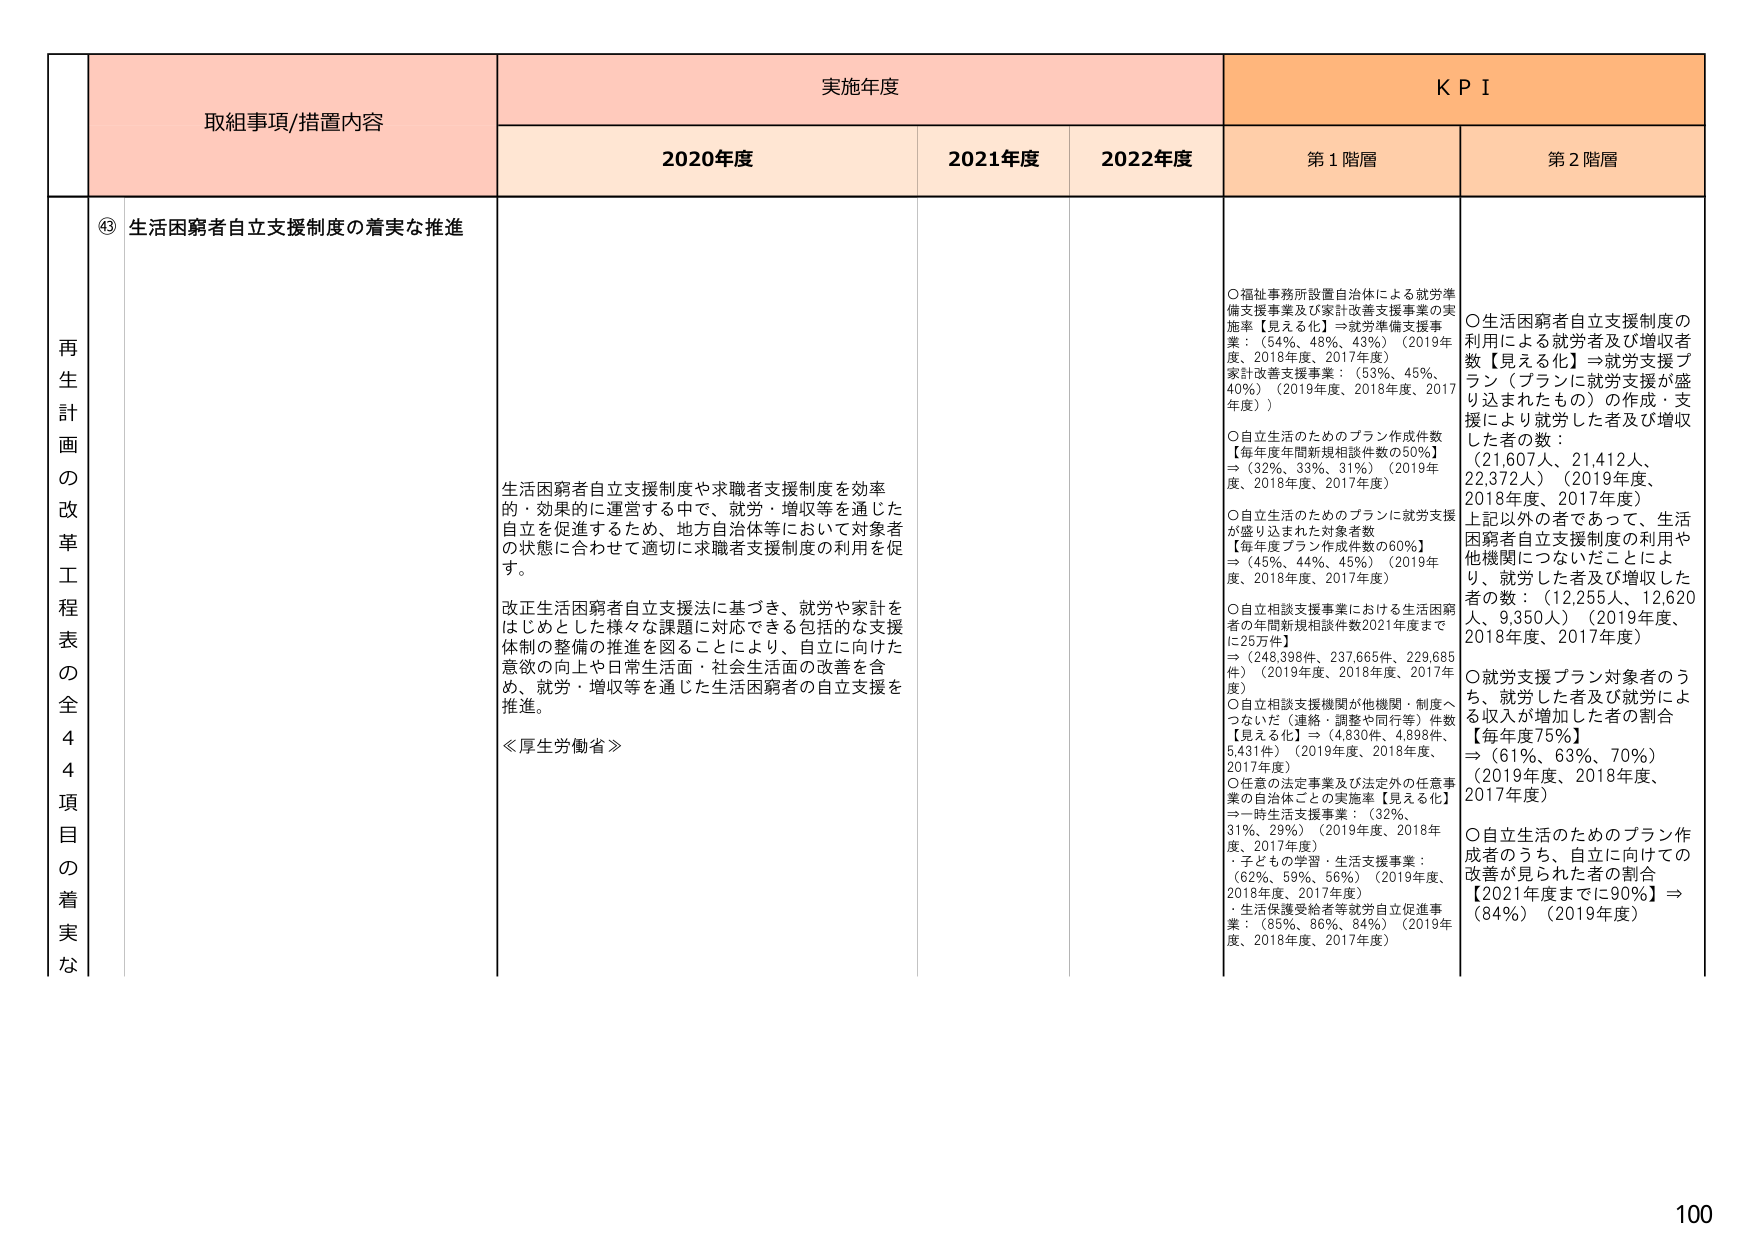
再生計画の改革工程表の全44項目の着実な

④ 生活困窮者自立支援制度の着実な推進

生活困窮者自立支援制度や求職者支援制度を効率的・効果的に運営する中で、就労・増収等を通じた自立を促進するため、地方自治体等において対象者の状態に合わせて適切に求職者支援制度の利用を促す。

改正生活困窮者自立支援法に基づき、就労や家計をはじめとした様々な課題に対応できる包括的な支援体制の整備の推進を図ることにより、自立に向けた意欲の向上や日常生活面・社会生活面の改善を含め、就労・増収等を通じた生活困窮者の自立支援を推進。

≪厚生労働省≫

実施年度
2020年度
2021年度
2022年度

KPI
第1階層
○福祉事務所設置自治体による就労準備支援事業及び家計改善支援事業の実施率【見える化】⇒就労準備支援事業：（54%、48%、43%）（2019年度、2018年度、2017年度）
家計改善支援事業：（53%、45%、40%）（2019年度、2018年度、2017年度））
○自立生活のためのプラン作成件数【毎年度年間新規相談件数の50%】⇒（32%、33%、31%）（2019年度、2018年度、2017年度）
○自立生活のためのプランに就労支援が盛り込まれた対象者数【毎年度プラン作成件数の60%】⇒（45%、44%、45%）（2019年度、2018年度、2017年度）
○自立相談支援事業における生活困窮者の年間新規相談件数2021年度までに25万件】⇒（248,398件、237,665件、229,685件）（2019年度、2018年度、2017年度）
○自立相談支援機関が他機関・制度へつながった（連絡・調整や同行等）件数【見える化】⇒（4,830件、4,898件、5,431件）（2019年度、2018年度、2017年度）
○任意の法定事業及び法定外の任意事業の自治体ごとの実施率【見える化】⇒一時生活支援事業：（32%、31%、29%）（2019年度、2018年度、2017年度）
・子どもの学習・生活支援事業：（62%、59%、56%）（2019年度、2018年度、2017年度）
・生活保護受給者等就労自立促進事業：（83%、86%、84%）（2019年度、2018年度、2017年度）

第2階層
○生活困窮者自立支援制度の利用による就労者及び増収者数【見える化】⇒就労支援プラン（プランに就労支援が盛り込まれたもの）の作成・支援により就労した者及び増収した者の数：
（21,607人、21,412人、22,372人）（2019年度、2018年度、2017年度）
上記以外の者であって、生活困窮者自立支援制度の利用や他機関につながったことにより、就労した者及び増収した者の数：（12,255人、12,620人、9,350人）（2019年度、2018年度、2017年度）
○就労支援プラン対象者のうち、就労した者及び就労による収入が増加した者の割合【毎年度75%】⇒（61%、63%、70%）（2019年度、2018年度、2017年度）
○自立生活のためのプラン作成者のうち、自立に向けたの改善が見られた者の割合【2021年度までに90%】⇒（84%）（2019年度）

100